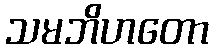
သမဘိဟတော